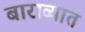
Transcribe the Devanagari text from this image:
बाराव्यात